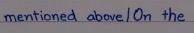
mentioned above / On the